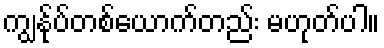
ကျွန်ုပ်တစ်ယောက်တည်း မဟုတ်ပါ။